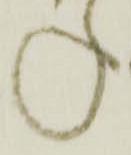
ね